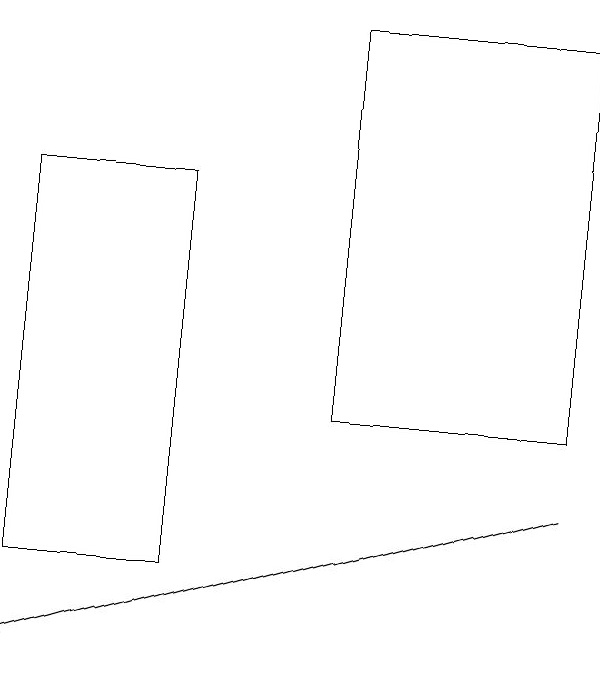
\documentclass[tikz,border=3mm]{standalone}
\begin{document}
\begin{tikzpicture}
\draw (8,14) rectangle (5,19);
\draw[->] (8,13) -- (1,11);
\draw (3,12) rectangle (1,17);
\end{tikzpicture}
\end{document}